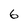
Character: 6